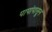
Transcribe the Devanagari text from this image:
पापांपासून